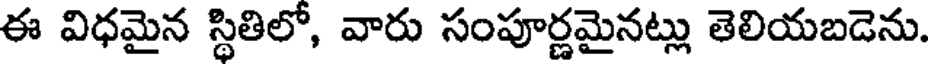
ఈ విధమైన స్థితిలో, వారు సంపూర్ణమైనట్లు తెలియబడెను.